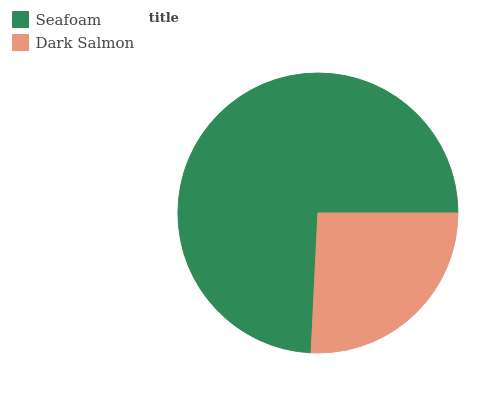
| Seafoam | Dark Salmon |
 | --- | --- |
 | 74.2% | 25.8% |